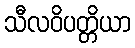
သီလဝိပတ္တိယာ